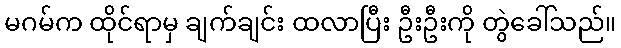
မဂမ်က ထိုင်ရာမှ ချက်ချင်း ထလာပြီး ဦးဦးကို တွဲခေါ်သည်။